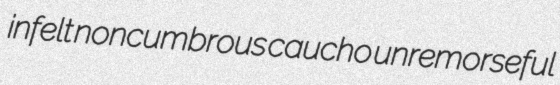
infelt noncumbrous caucho unremorseful